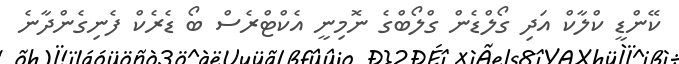
ކޭންޑީ ކްލާކް އަދި ގޯލްޑެން ގްލޯބްގެ ނޮމިނީ އެކްޓްރެސް ބޯ ޑެރެކް ފެނިގެންދާނެ